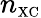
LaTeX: n_{\scriptscriptstyle\mathrm{XC}}